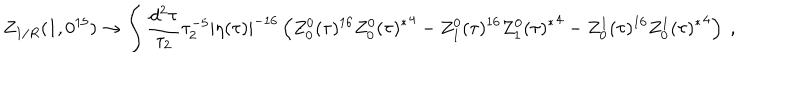
LaTeX: Z _ { 1 / R } ( 1 , 0 ^ { 1 5 } ) \to \int \frac { d ^ { 2 } \tau } { \tau _ { 2 } } \tau _ { 2 } ^ { - 5 } | \eta ( \tau ) | ^ { - 1 6 } \left( Z _ { 0 } ^ { 0 } ( \tau ) ^ { 1 6 } { Z _ { 0 } ^ { 0 } ( \tau ) ^ { * } } ^ { 4 } - Z _ { 1 } ^ { 0 } ( \tau ) ^ { 1 6 } { Z _ { 1 } ^ { 0 } ( \tau ) ^ { * } } ^ { 4 } - Z _ { 0 } ^ { 1 } ( \tau ) ^ { 1 6 } { Z _ { 0 } ^ { 1 } ( \tau ) ^ { * } } ^ { 4 } \right) \ ,